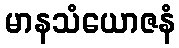
မာနသံယောဇနံ